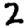
Digit: 2